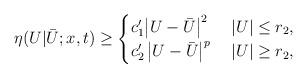
LaTeX: \begin{align*}\eta(U|\bar U;x,t)\ge \begin{cases}c_1' \big | U - \bar U \big |^2 & \; |U| \le r_2, \\c_2' \, \big | U - \bar U \big |^p & \; |U| \ge r_2,\end{cases}\end{align*}